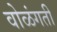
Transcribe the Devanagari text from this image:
वोळंगती